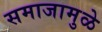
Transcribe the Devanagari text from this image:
समाजामुळे